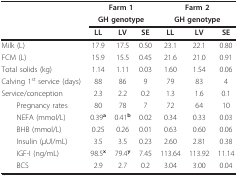
<table><thead><tr><td></td><td colspan="3"><b>Farm 1</b></td><td colspan="3"><b>Farm 2</b></td></tr><tr><td></td><td colspan="3"><b>GH genotype</b></td><td colspan="3"><b>GH genotype</b></td></tr><tr><td></td><td><b>LL</b></td><td><b>LV</b></td><td><b>SE</b></td><td><b>LL</b></td><td><b>LV</b></td><td><b>SE</b></td></tr></thead><tbody><tr><td>Milk (L)</td><td>17.9</td><td>17.5</td><td>0.50</td><td>23.1</td><td>22.1</td><td>0.80</td></tr><tr><td>FCM (L)</td><td>15.9</td><td>15.5</td><td>0.45</td><td>21.6</td><td>21.0</td><td>0.91</td></tr><tr><td>Total solids (kg)</td><td>1.14</td><td>1.11</td><td>0.03</td><td>1.60</td><td>1.54</td><td>0.06</td></tr><tr><td>Calving 1<sup>st </sup>service (days)</td><td>88</td><td>86</td><td>9</td><td>79</td><td>83</td><td>4</td></tr><tr><td>Service/conception</td><td>2.3</td><td>2.2</td><td>0.2</td><td>1.3</td><td>1.6</td><td>0.1</td></tr><tr><td> Pregnancy rates</td><td>80</td><td>78</td><td>7</td><td>72</td><td>64</td><td>10</td></tr><tr><td> NEFA (mmol/L)</td><td>0.39<sup><b>a</b></sup></td><td>0.41<sup><b>b</b></sup></td><td>0.02</td><td>0.34</td><td>0.33</td><td>0.03</td></tr><tr><td> BHB (mmol/L)</td><td>0.25</td><td>0.26</td><td>0.01</td><td>0.63</td><td>0.60</td><td>0.06</td></tr><tr><td> Insulin (μUI/mL)</td><td>3.5</td><td>3.5</td><td>0.23</td><td>2.60</td><td>2.81</td><td>0.38</td></tr><tr><td> IGF-I (ng/mL)</td><td>98.5<sup><b>x</b></sup></td><td>79.4<sup><b>y</b></sup></td><td>7.45</td><td>113.64</td><td>113.92</td><td>11.14</td></tr><tr><td> BCS</td><td>2.9</td><td>2.7</td><td>0.2</td><td>3.04</td><td>3.00</td><td>0.04</td></tr></tbody></table>